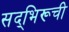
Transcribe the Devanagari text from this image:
सद्‌भिरूची